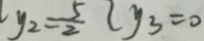
y _ { 2 } = \frac { 5 } { 2 } y _ { 3 } = 0